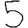
Digit: 5